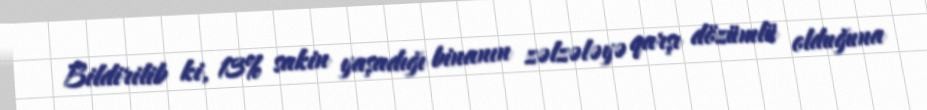
Bildirilib ki, 13% sakin yaşadığı binanın zəlzələyə qarşı dözümlü olduğuna